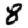
Digit: 8